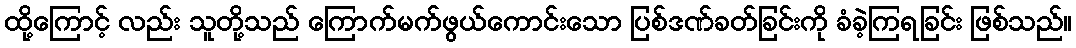
ထို့ကြောင့် လည်း သူတို့သည် ကြောက်မက်ဖွယ်ကောင်းသော ပြစ်ဒဏ်ခတ်ခြင်းကို ခံခဲ့ကြရခြင်း ဖြစ်သည်။